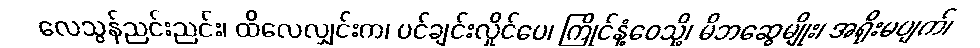
လေသွန်ညင်းညင်း၊ ထိလေလျှင်းက၊ ပင်ချင်းလှိုင်ပေ၊ ကြိုင်နံ့ဝေသို့၊ မိဘဆွေမျိုး၊ အရိုးမပျက်၊